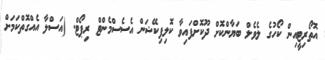
އޮތޯރިޓީއިން ކޯހުގެ ލެވެލް ބަޔާންކޮށް ދޫކޮށްފައިވާ ކޮލިފިކޭޝަން އެސެސްމެންޓް ރިޕޯޓް. (އަސްލާ އެއްގޮތްކަމަށް